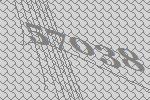
57038